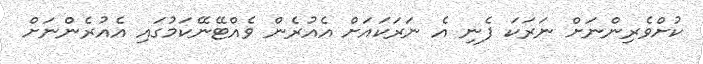
ކުށްވެރިންނަށް ނަރަކަ ފެނި އެ ނަރަކައަށް އެއުރެން ވެއްޓޭނޭކަމުގައި އެއުރެންނަށް